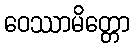
ဝေဿာမိတ္တော